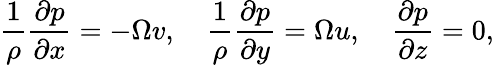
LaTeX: \frac{1}{\rho}\frac{\partial p}{\partial x}=-\Omega v,\quad\frac{1}{\rho}\frac{\partial p}{\partial y}=\Omega u,\quad\frac{\partial p}{\partial z}=0,